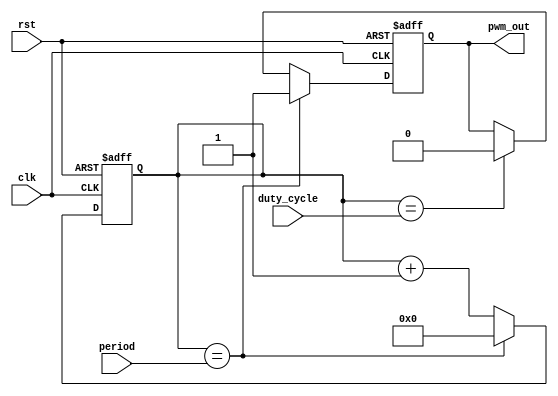
module PWM_Timer (
    input clk,
    input rst,
    input [7:0] period,
    input [7:0] duty_cycle,
    output reg pwm_out
);

reg [7:0] counter;

always @ (posedge clk or posedge rst) begin
    if (rst) begin
        counter <= 8'd0;
        pwm_out <= 1'b0;
    end else begin
        if (counter == period) begin
            counter <= 8'd0;
            pwm_out <= 1'b1;
        end else begin
            if (counter == duty_cycle) begin
                pwm_out <= 1'b0;
            end
            counter <= counter + 8'd1;
        end
    end
end

endmodule